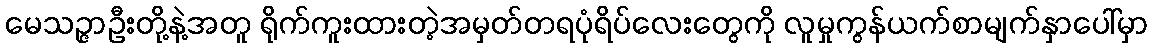
မေသဉ္ဇာဦးတို့နဲ့အတူ ရိုက်ကူးထားတဲ့အမှတ်တရပုံရိပ်လေးတွေကို လူမှုကွန်ယက်စာမျက်နှာပေါ်မှာ